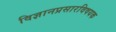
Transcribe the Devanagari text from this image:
विज्ञानप्रसारविषयक